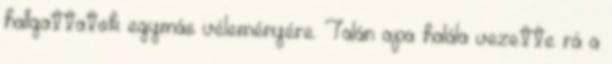
hallgattatok egymás véleményére. Talán apa halála vezette rá a